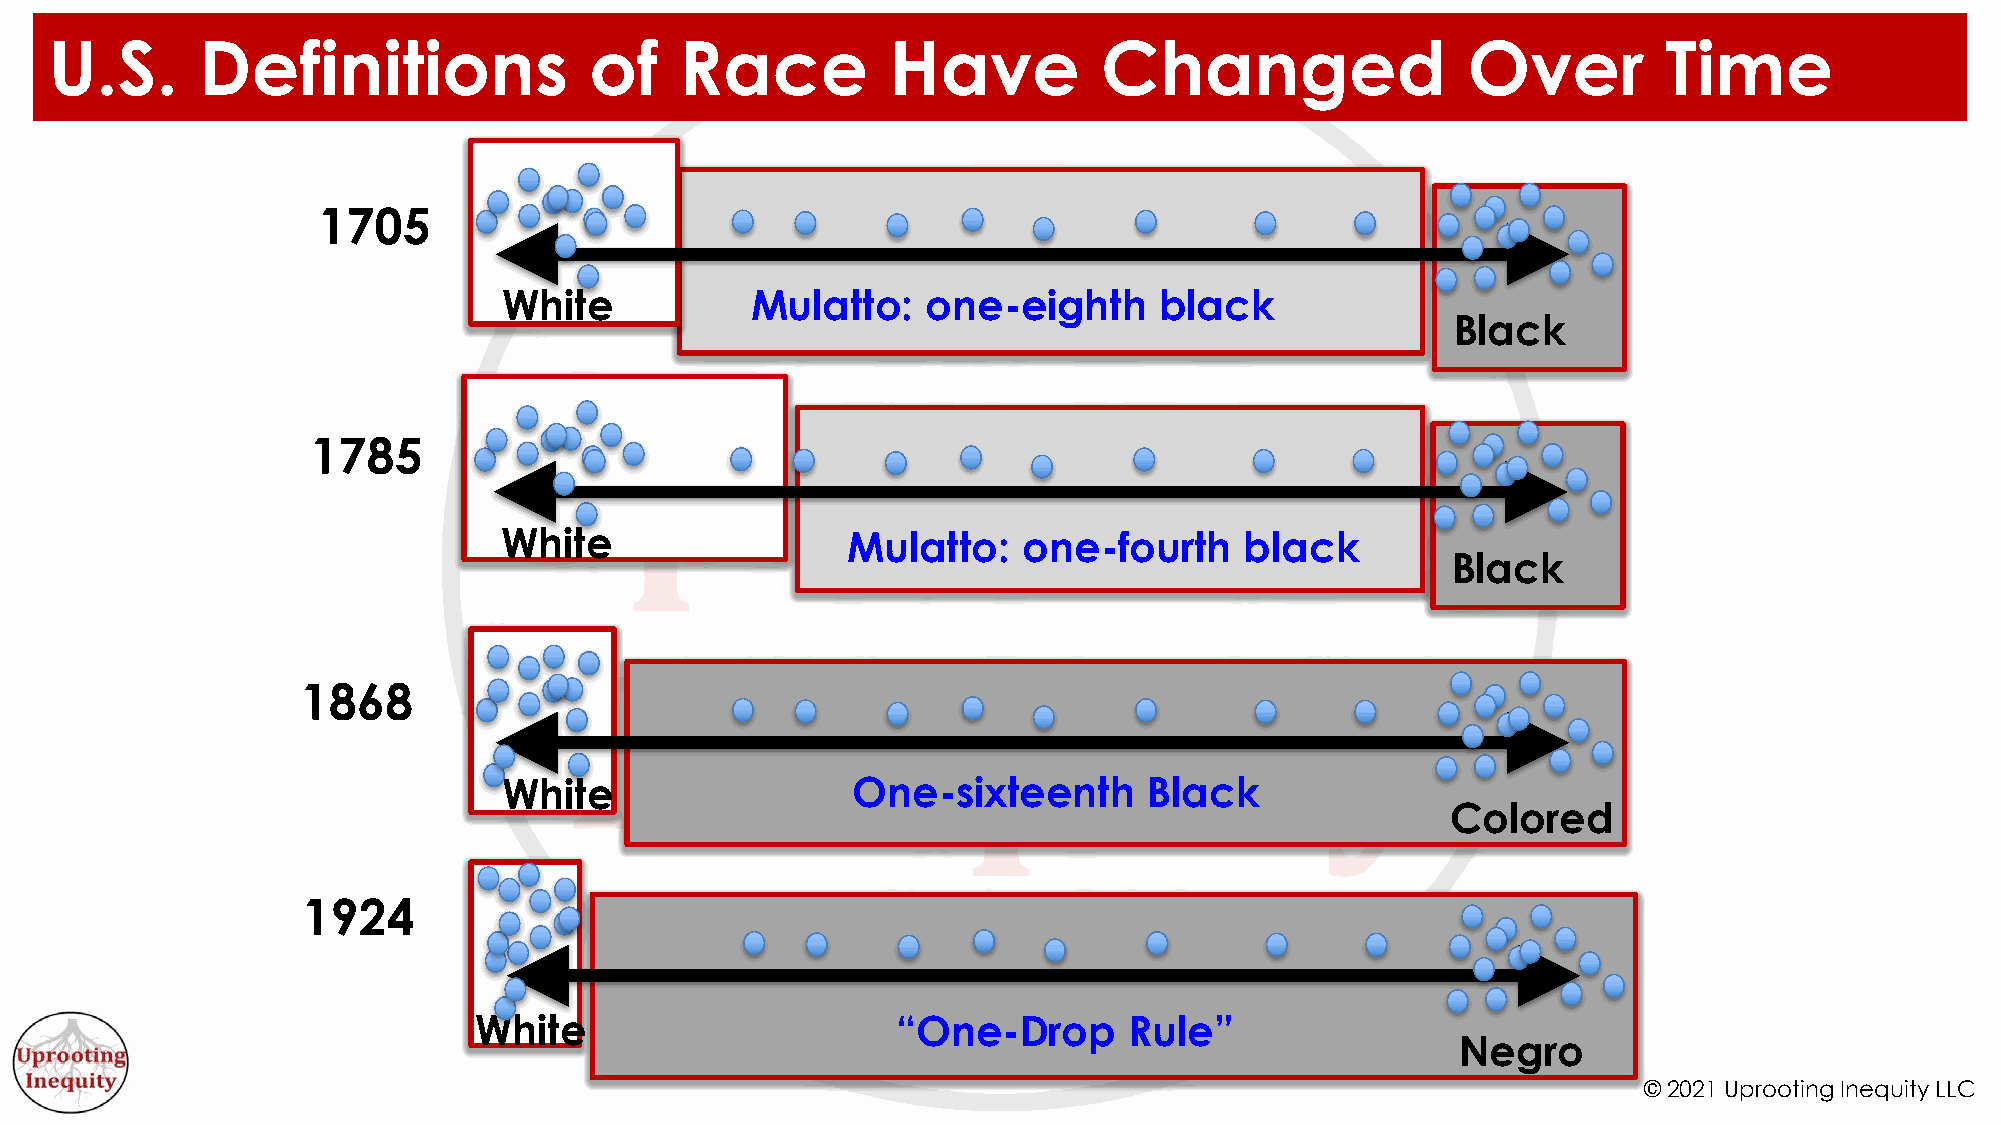
U.S.      Definitions               of    Race          Have          Changed                 Over         Time
 1705
 White            Mulatto:   one-eighth      black
 Black
 1785
 White                  Mulatto:    one-fourth    black
 Black
 1868
 White                  One-sixteenth       Black
 Colored
 1924
 White                       “One-Drop       Rule”
 Negro
 © 2021 Uprooting Inequity LLC